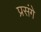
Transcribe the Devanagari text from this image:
प्रसंगे